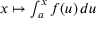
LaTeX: \textstyle x \mapsto \int _ { a } ^ { x } f ( u ) \, d u